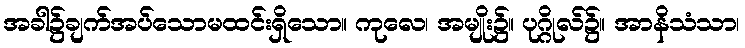
အခါ၌ချက်အပ်သောမထင်းရှိသော။ ကုလေ၊ အမျိုး၌။ ပုဂ္ဂိုလ်၌။ အာနိသံသာ၊